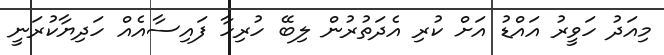
މިއަދު ހަވީރު އައްޑު އަށް ކުރި އެދަތުރުން ލިބޭ ހުރިހާ ފައިސާއެއް ހަދިޔާކުރަނީ